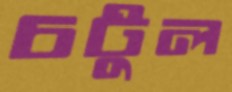
চটুল